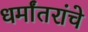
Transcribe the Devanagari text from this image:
धर्मांतरांचे